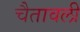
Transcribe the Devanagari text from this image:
चैतावली